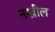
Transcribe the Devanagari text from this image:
नखील